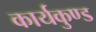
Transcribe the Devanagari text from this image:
कार्यकुण्ड